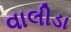
વાલીડા